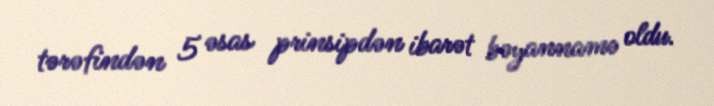
tərəfindən 5 əsas prinsipdən ibarət bəyannamə oldu.